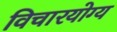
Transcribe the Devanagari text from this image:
विचारयोग्य